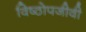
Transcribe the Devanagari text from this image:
विष्ठोपजीवी